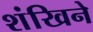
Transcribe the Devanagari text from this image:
शंखिने